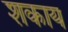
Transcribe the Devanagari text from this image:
शकाय